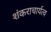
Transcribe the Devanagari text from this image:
शंकराचार्यत्व